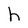
Character: h